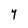
Character: Y